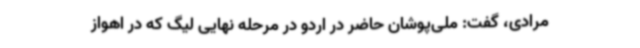
مرادی، گفت: ملی‌پوشان حاضر در اردو در مرحله نهایی لیگ که در اهواز